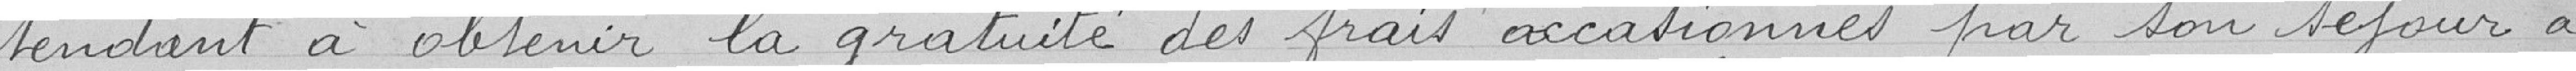
tendant à obtenir la gratuité des frais occassionnées par son séjour à